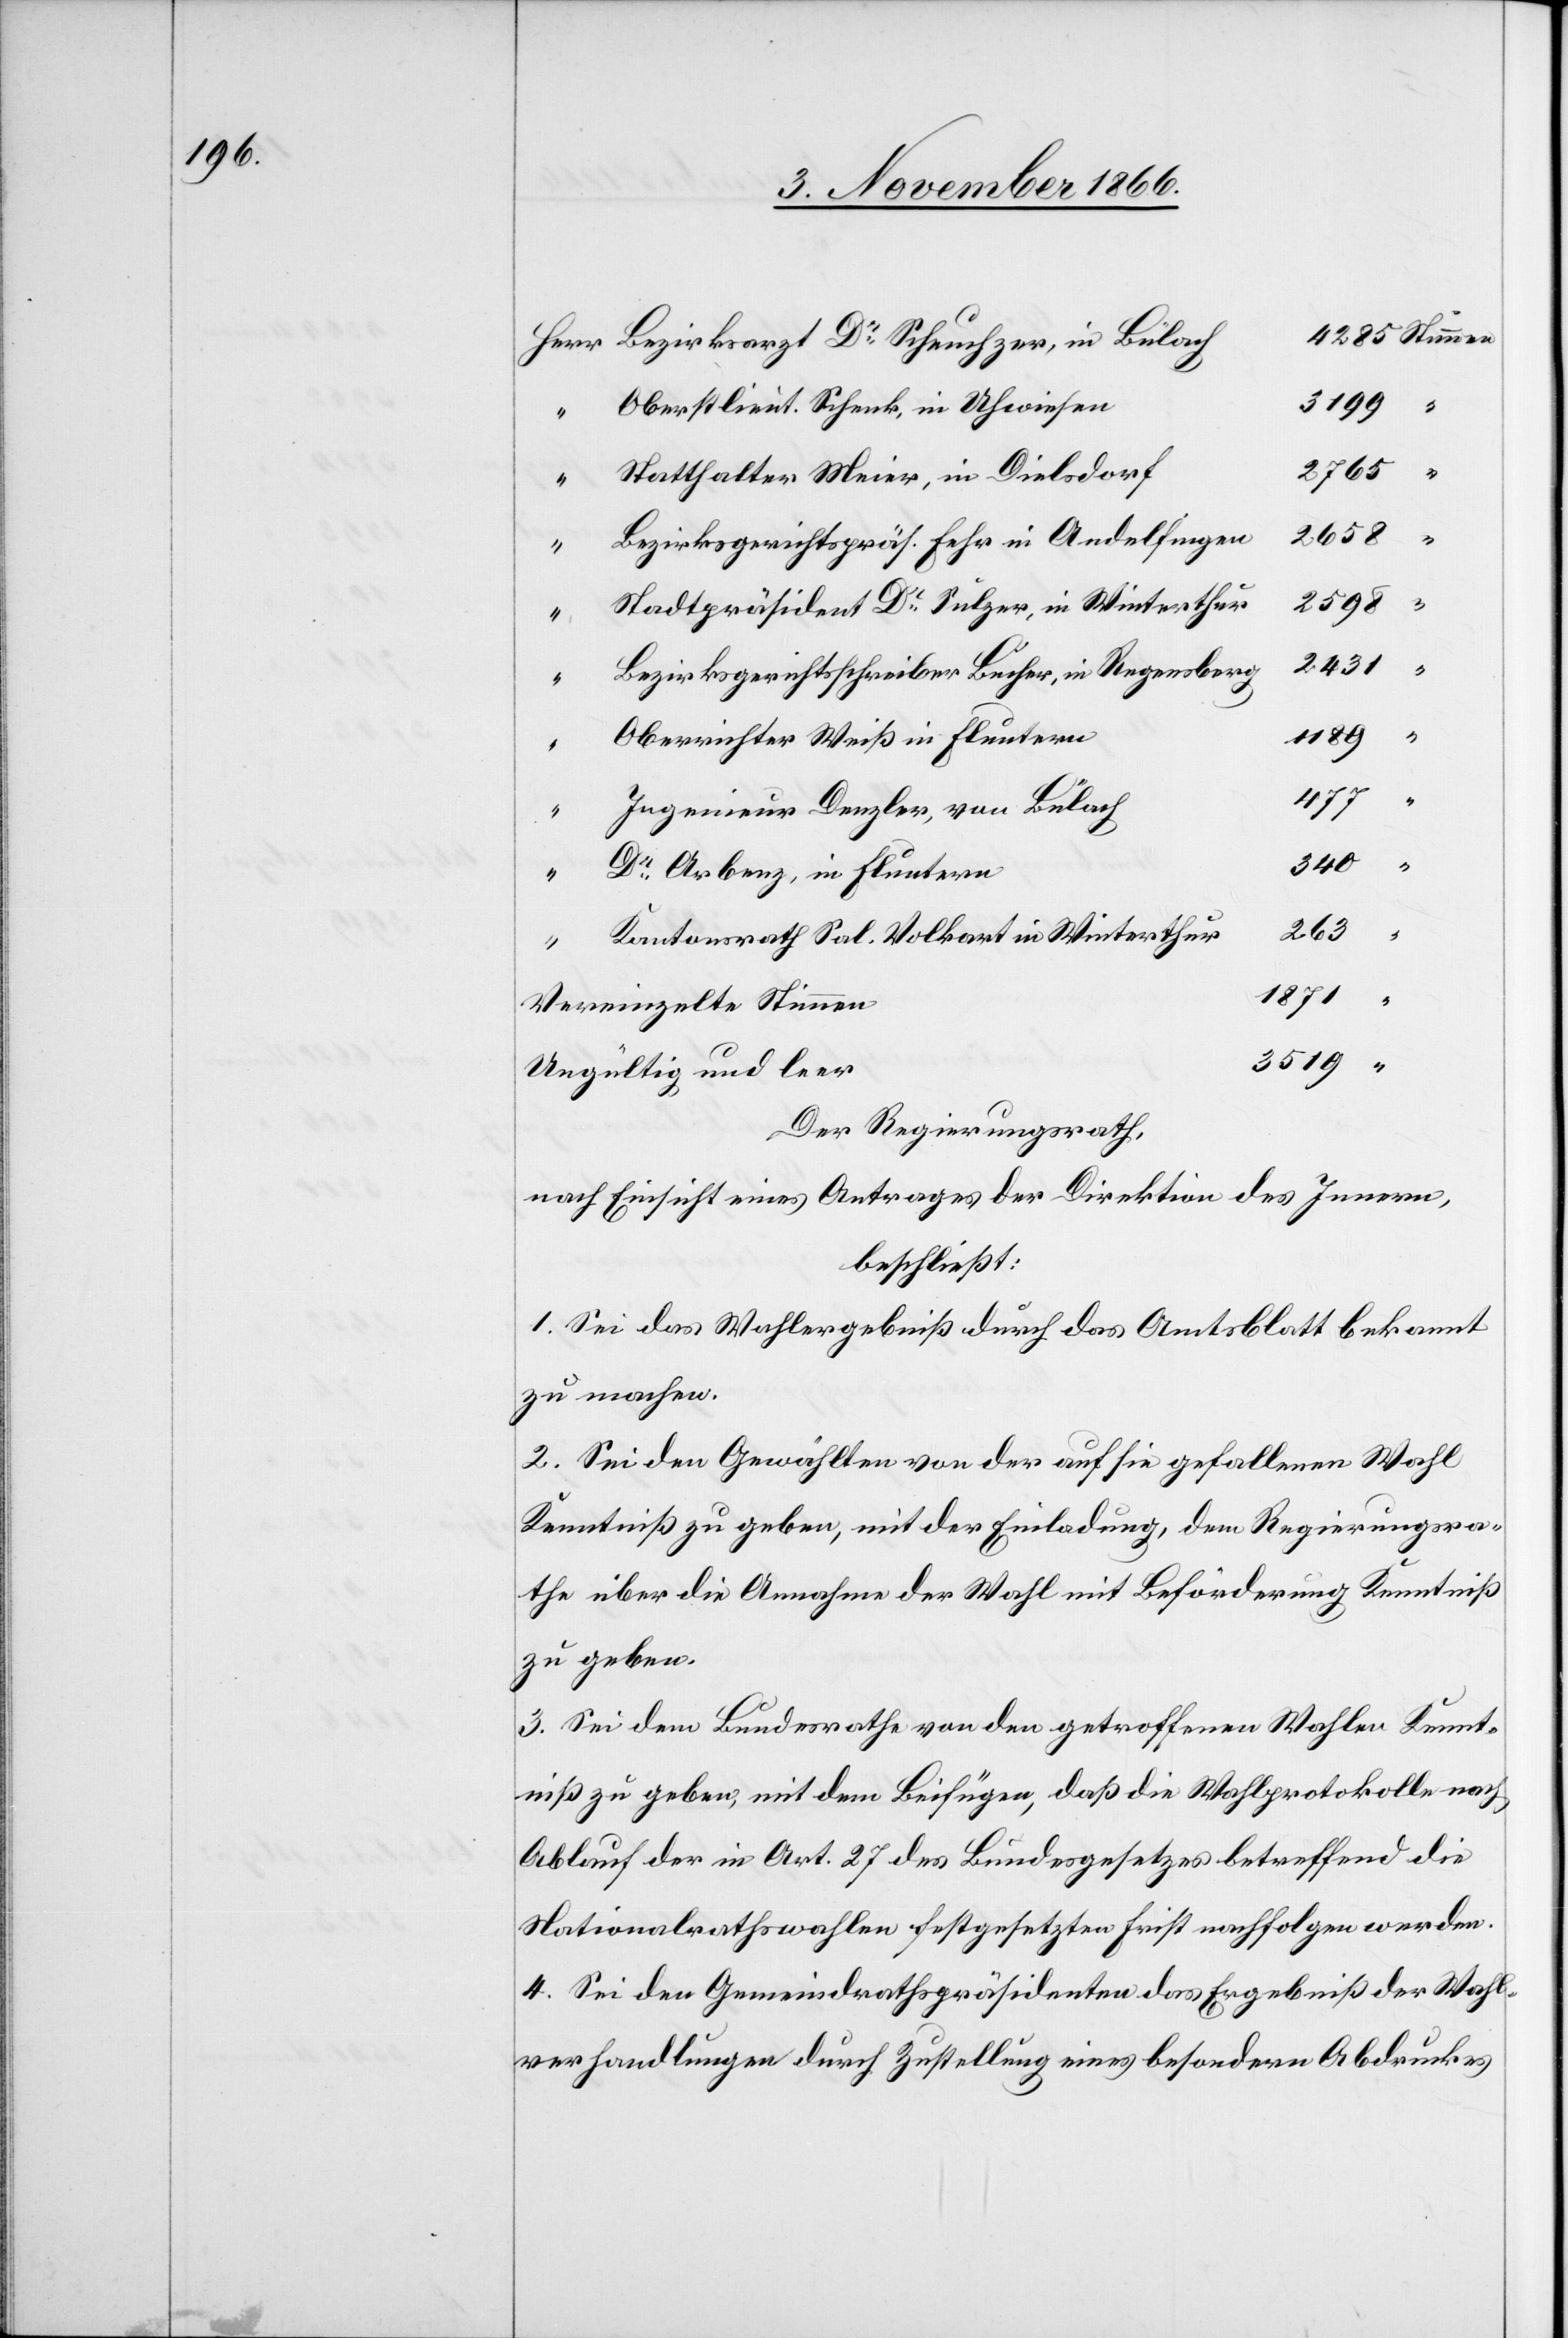
Bezirksarzt Dr. Scheuchzer, in Bülach
3199
Oberstlieut. Schenk, in Uhwiesen
2765
Statthalter Meier, in Dielsdorf
340
Bezirksgerichtspräs. Fehr in Andelfingen
2598
Stadtpräsident Dr. Sulzer, in Winterthur
2431
“
Bezirksgerichtsschreiber Bucher, in Regensberg
“
“
1189
Oberrichter Weiß in Fluntern
477
Ingenieur Denzler, von Bülach
Dr. Arbenz, in Fluntern
263
Kantonsrath Sal. Volkart in Winterthur
“
1871
Vereinzelte Stimmen
3519
Ungültig und leer
Der Regierungsrath,
des Innern,
nach Einsicht eines Antrages der Direktion
beschließt:
1. Sei das Wahlergebniß durch das Amtsblatt bekannt
zu machen.
2. Sei den Gewählten von der auf sie gefallenen Wahl
Kenntniß zu geben, mit der Einladung, dem Regierungsra¬
the über die Abnahme der Wahl mit Beförderung Kenntniß
zu geben.
3. Sei dem Bundesrathe von den getroffenen Wahlen Kennt¬
niß zu geben, mit dem Beifügen, daß die Wahlprotokolle nach
Ablauf der in Art. 27 des Bundesgesetzes betreffend die
Nationalrathswahlen festgesetzten Frist nachfolgen werden.
4. Sei den Gemeindrathspräsidenten das Ergebniß der Wahl¬
verhandlungen durch Zustellung eines besondern Abdruckes